Juri_Uluots, lk 34
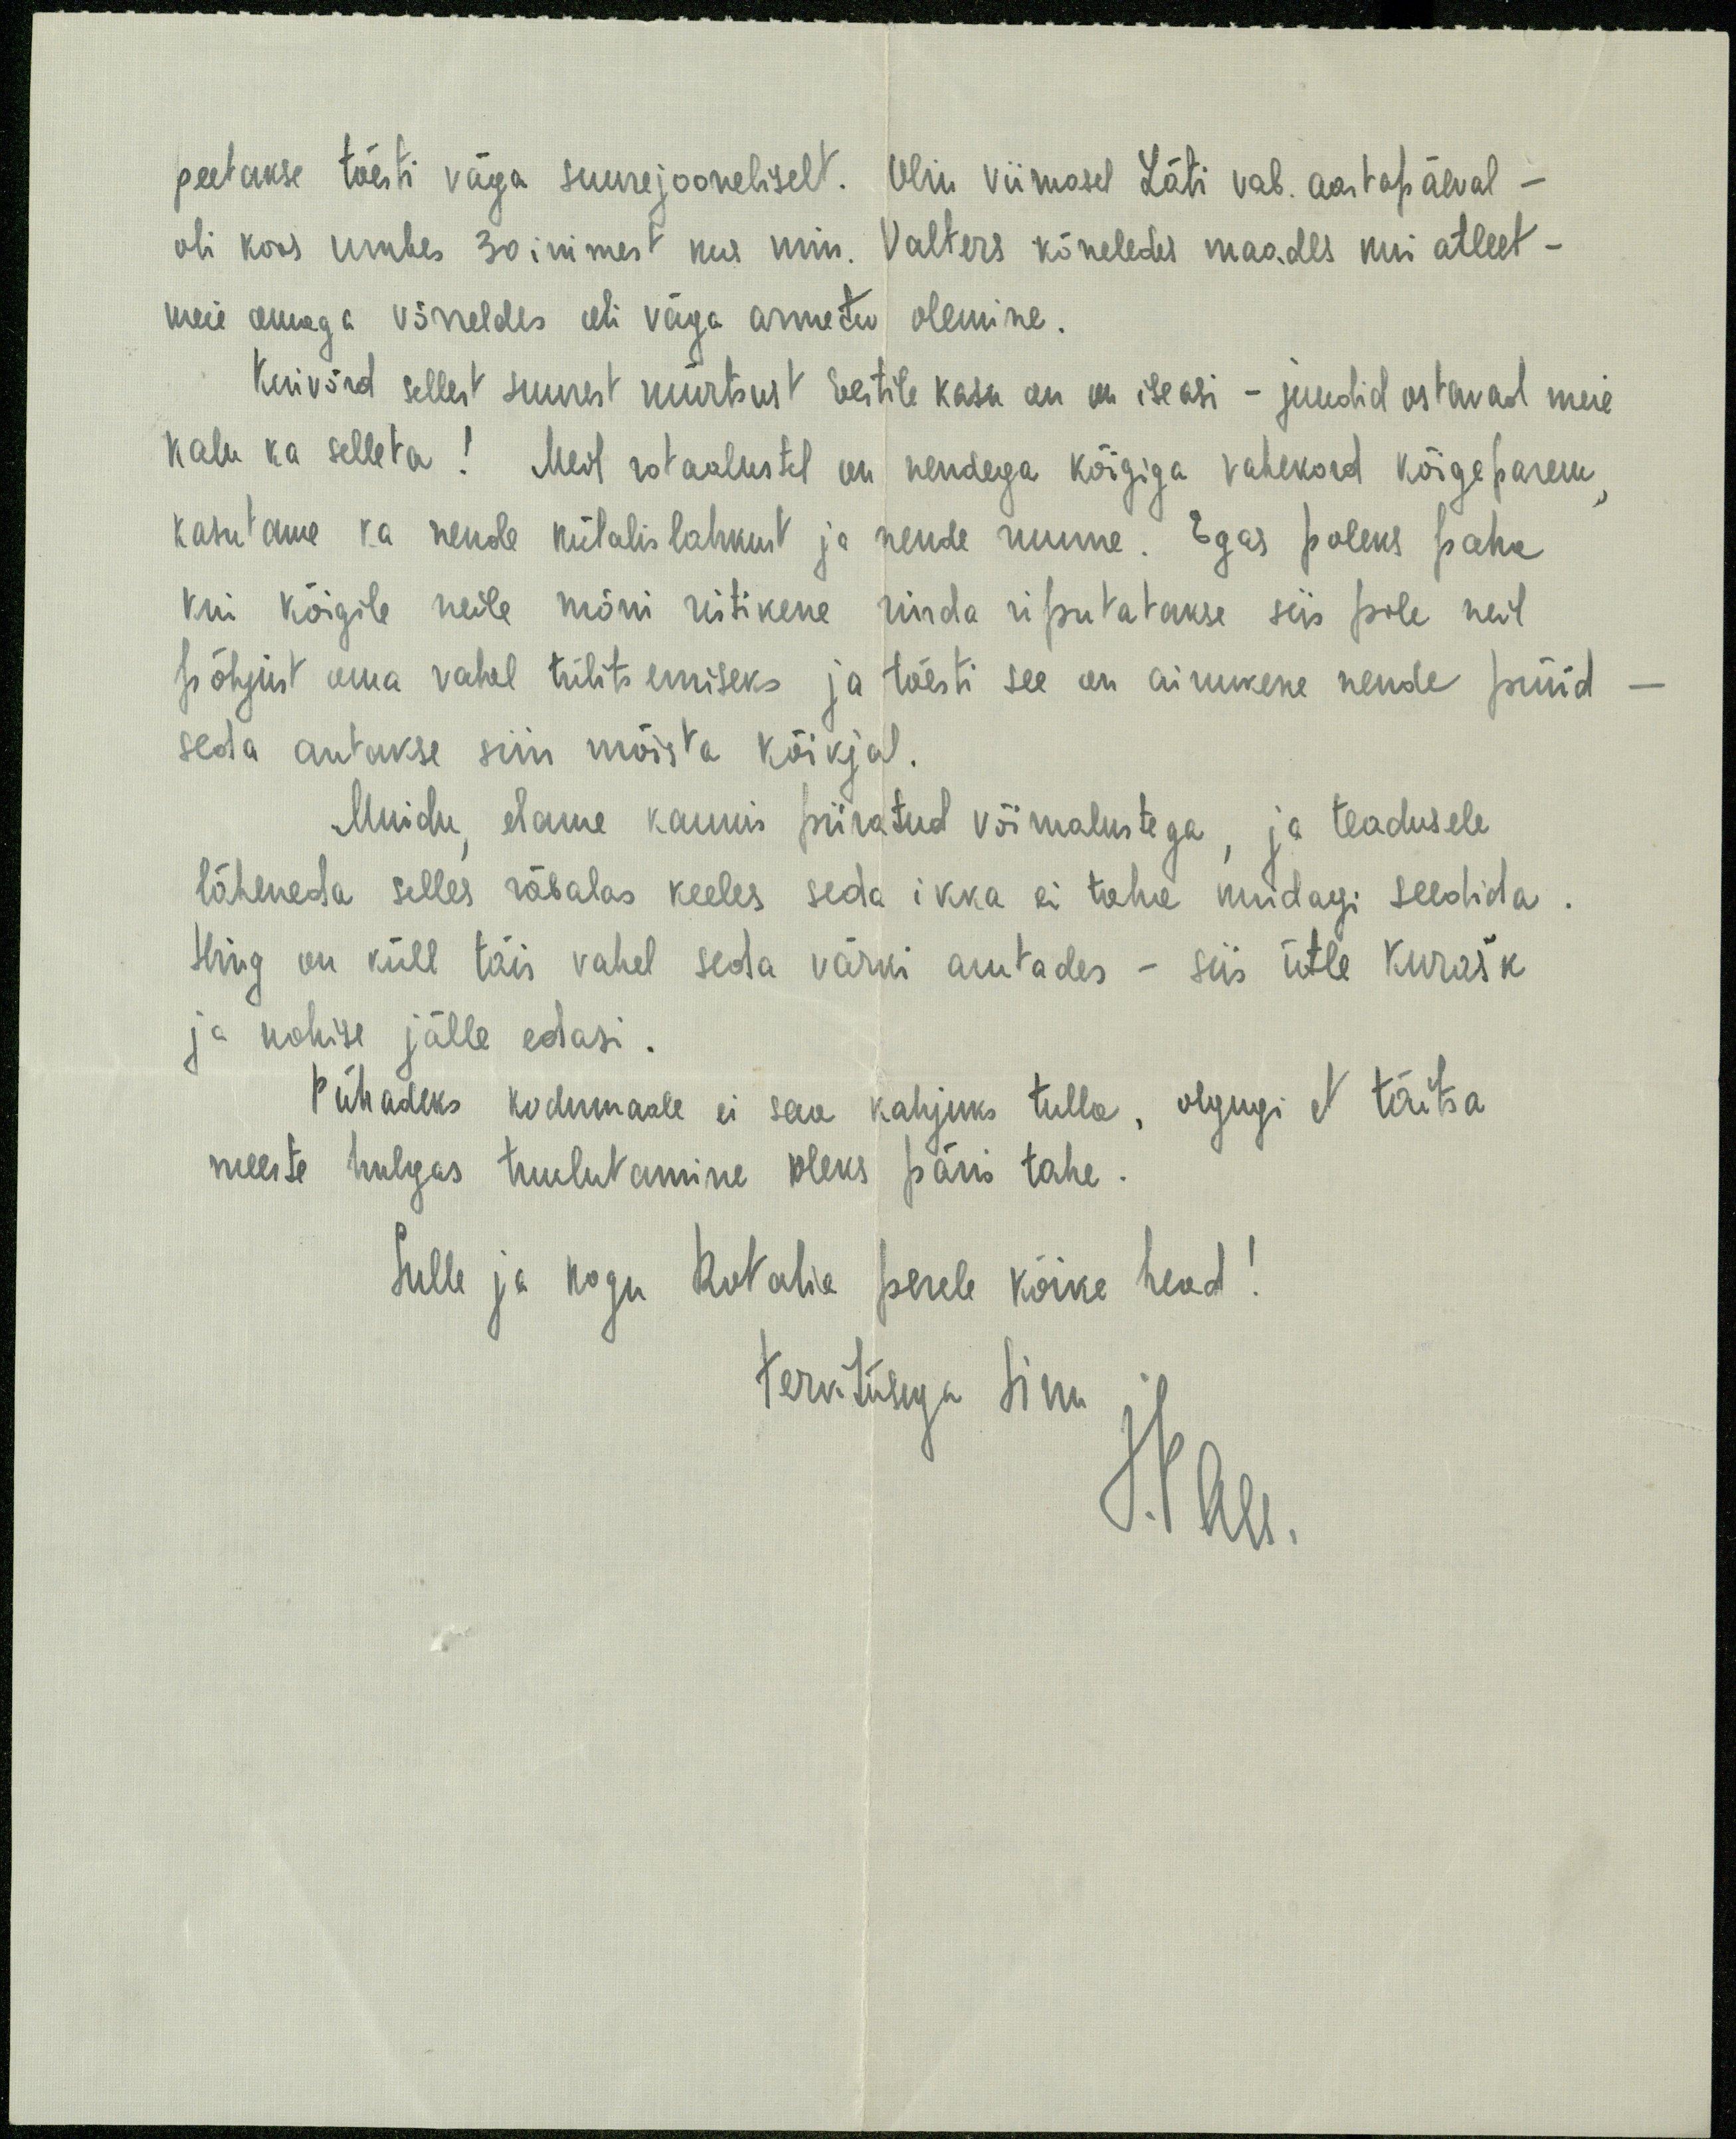
peetakse tõesti väga suurejooneliselt. Olin viimasel Läti vab. aastapäeval -
oli koos umbes 30 inimest kus min. Valters kõneledes maadls kui atleet -
meie omaga võrreldes oli väga armetu olemine.
Kuivõrd sellest suurest mürtsust Eestile kasu on on iseasi - juudid ostavad meie
kalu ka selleta! Meil rotaalustel on nendega kõigiga vahekord kõige parem,
kasutame ka nende külalislahkust ja nende ruume. Egas poleks paha
kui kõigile neile mõni ristikene rinda riputatakse siis pole neil
põhjust oma vahel tülitsemiseks ja tõesti see on ainukene nende püüd
seda antakse siin mõista kõikjal.
Muidu, elame kaunis piiratud võimalustega, ja teadusele
läheneda selles räbalas keeles seda ikka ei taha kuidagi seedida.
Hing on küll täis vahel seda värki arutades - siis ütle kurašk
ja nohise jälle edasi.
Pühadeks kodumaale ei saa kahjuks tulla, olgugi et täitsa
meeste hulgas tuulutamine oleks päris tahe.
Sulle ja kogu Rotalia perele kõike head!
Tervitusega Sinu
J.Pau.